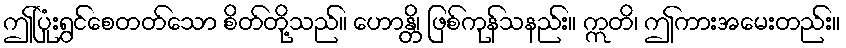
ဤပြုံးရွှင်စေတတ်သော စိတ်တို့သည်။ ဟောန္တိ၊ ဖြစ်ကုန်သနည်း။ ဣတိ၊ ဤကားအမေးတည်း။